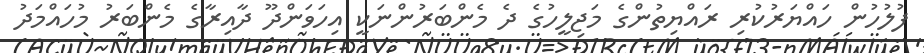
ފުލުހުން ހައްޔަރުކުރި ރައްޔިތުންގެ މަޖިލީހުގެ ދެ މެންބަރުންނަކީ އިހަވަންދޫ ދާއިރާގެ މެންބަރު މުހައްމަދު